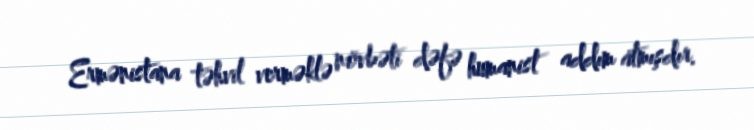
Ermənistana təhvil verməklə növbəti dəfə humanist addım atmışdır.